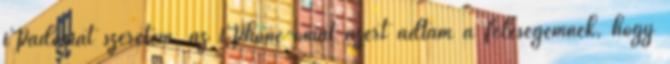
iPadomat szeretem, az iPhone-omat azért adtam a feleségemnek, hogy